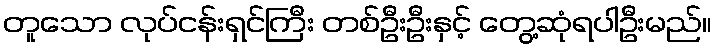
တူသော လုပ်ငန်းရှင်ကြီး တစ်ဦးဦးနှင့် တွေ့ဆုံရပါဦးမည်။